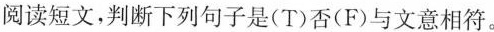
阅读短文,判断下列句子是(T)否(F)与文意相符.